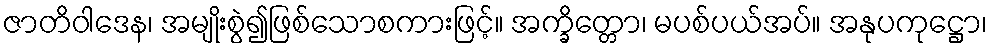
ဇာတိဝါဒေန၊ အမျိုးစွဲ၍ဖြစ်သောစကားဖြင့်။ အက္ခိတ္တော၊ မပစ်ပယ်အပ်။ အနုပကုဋ္ဌော၊